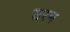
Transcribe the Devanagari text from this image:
सरभ